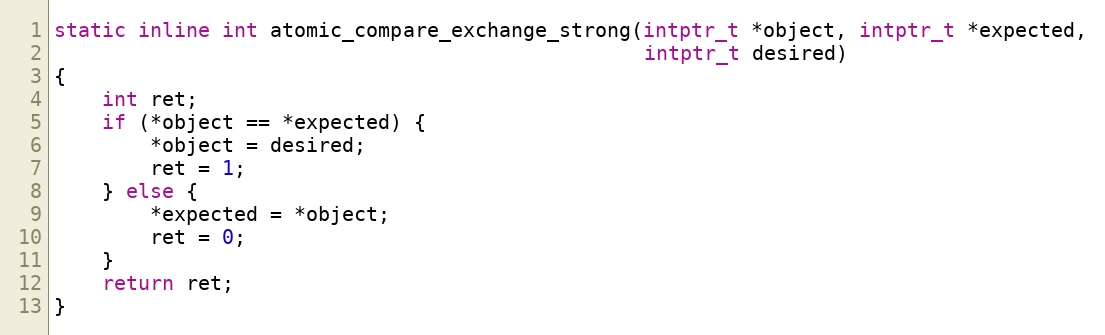
Language: C
static inline int atomic_compare_exchange_strong(intptr_t *object, intptr_t *expected,
                                                 intptr_t desired)
{
    int ret;
    if (*object == *expected) {
        *object = desired;
        ret = 1;
    } else {
        *expected = *object;
        ret = 0;
    }
    return ret;
}